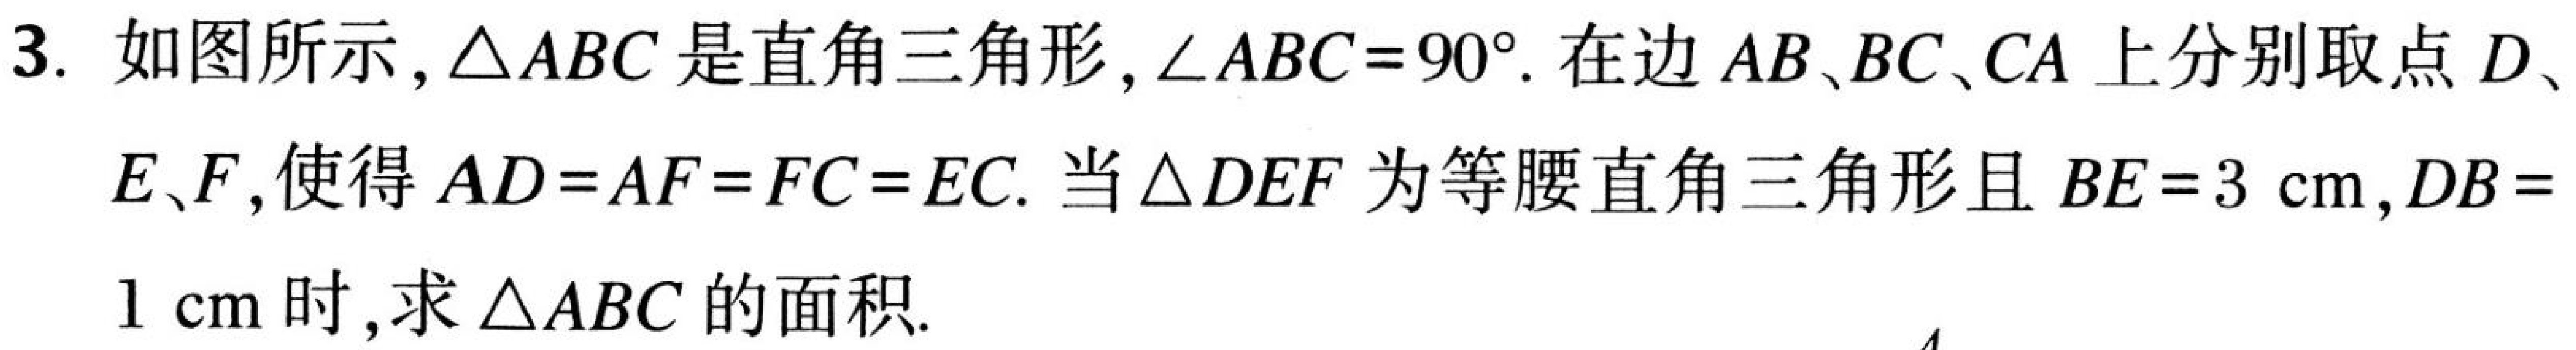
3. 如图所示, \(\triangle ABC\)是直角三角形, \(\angle ABC = 90^{\circ}\). 在边\(AB\)、\(BC\)、\(CA\)上分别取点\(D\)、\(E\)、\(F\),使得\(AD = AF = FC = EC\). 当\(\triangle DEF\)为等腰直角三角形且\(BE = 3\mathrm{cm}\), \(DB = 1\mathrm{cm}\)时,求\(\triangle ABC\)的面积.